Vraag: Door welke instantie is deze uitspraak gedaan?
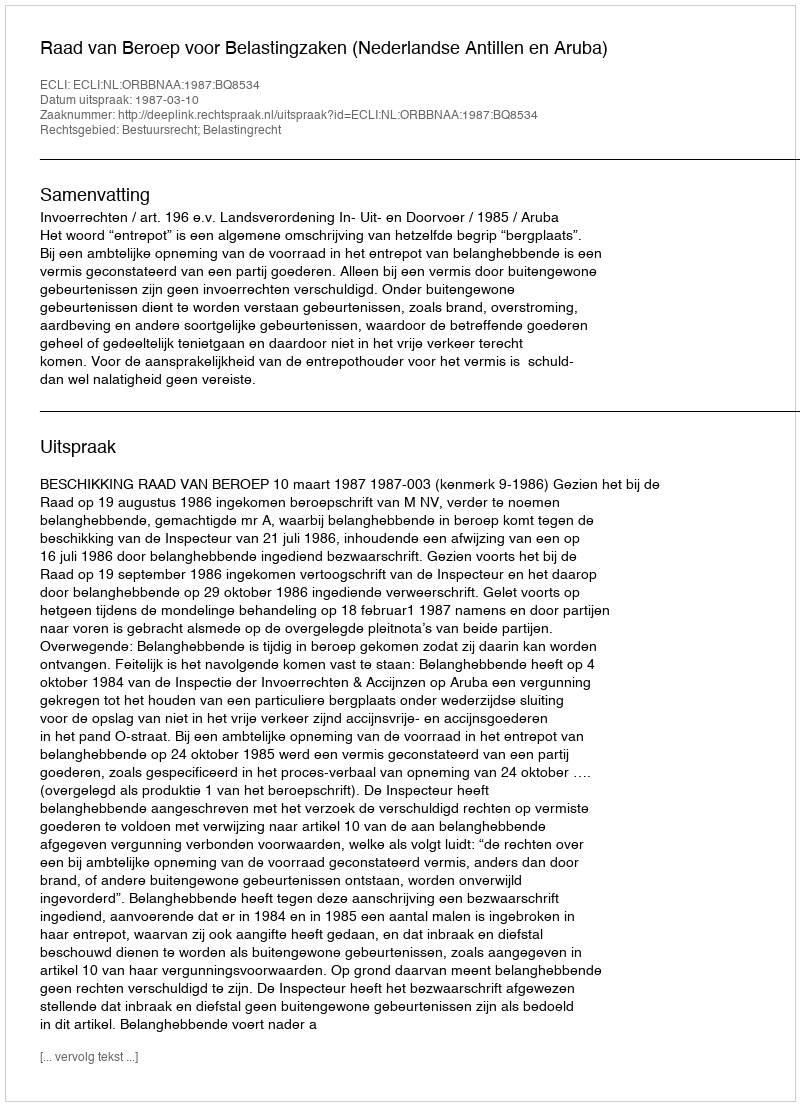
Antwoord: Raad van Beroep voor Belastingzaken (Nederlandse Antillen en Aruba)